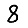
Digit: 8